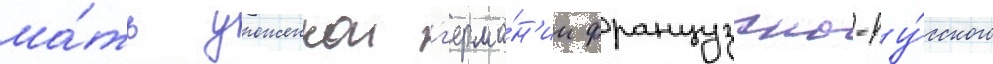
ма́ть уроженкои г'ерма́н'ии французско-ру́сского